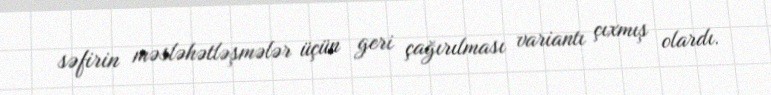
səfirin məsləhətləşmələr üçün geri çağırılması variantı çıxmış olardı.